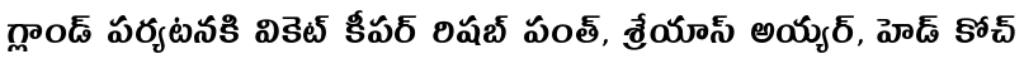
గ్లాండ్ పర్యటనకి వికెట్ కీపర్ రిషబ్ పంత్, శ్రేయాస్ అయ్యర్, హెడ్ కోచ్